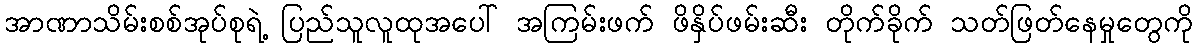
အာဏာသိမ်းစစ်အုပ်စုရဲ့ ပြည်သူလူထုအပေါ် အကြမ်းဖက် ဖိနှိပ်ဖမ်းဆီး တိုက်ခိုက် သတ်ဖြတ်နေမှုတွေကို